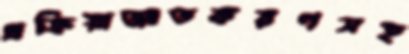
প্রক্রিয়াজাতকরণসহ